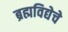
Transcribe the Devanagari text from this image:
ब्रह्मविद्येचे